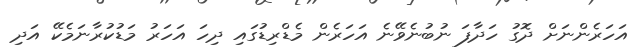
އަހަރެންނަށް ދޮގު ހަދާފަ ނުބުނެވޭނެ އަހަރެން މެޑްރިޑުގައި ދިހަ އަހަރު މަޑުކުރާނަމެކޭ އަދި